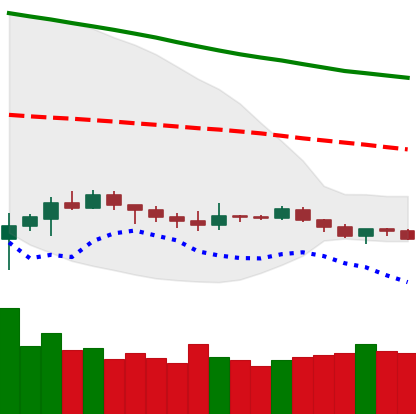
Ticker: ETH-USD
Chart end date: 2019-12-14
Forward return: -9.483%
Label: down_7plus